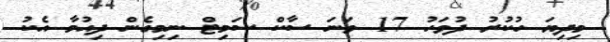
މިދިޔަ ހުކުރު ދުވަހު 17 ވަނަ ސާކް ސަމިޓް ނިމިގެން ދިއުމާ އެކު